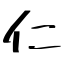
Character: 仁